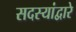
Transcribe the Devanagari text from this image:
सदस्यांद्वारे